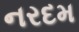
નરદમ